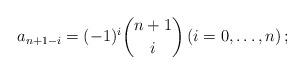
LaTeX: \begin{align*} a_{n+1-i}=(-1)^{i}\binom{n+1}{i} \left(i=0, \ldots, n\right); \end{align*}